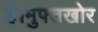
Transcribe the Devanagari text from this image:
हैं।मुफ्तखोर